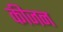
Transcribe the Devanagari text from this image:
कीजन